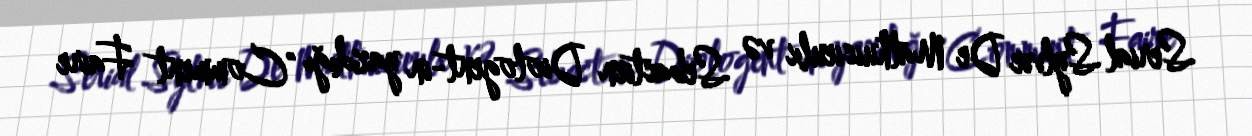
Serial Sylvie De Mathuisieulx və Sebastien Diologent-in yazdığı "Comment Faire